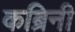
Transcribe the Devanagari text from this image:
कब्रिनी